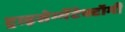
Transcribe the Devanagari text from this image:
ट्राइसेग्मेंटेक्टॉमी